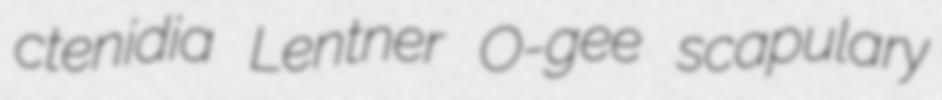
ctenidia Lentner O-gee scapulary